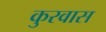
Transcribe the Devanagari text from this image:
कुरवास